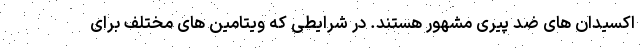
اکسیدان های ضد پیری مشهور هستند. در شرایطی که ویتامین های مختلف برای